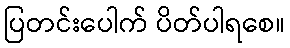
ပြတင်းပေါက် ပိတ်ပါရစေ။